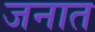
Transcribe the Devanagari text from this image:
जनात